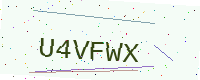
Text: U4VFWX